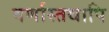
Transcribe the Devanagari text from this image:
वर्णास्तथापि